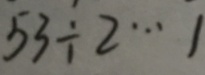
5 3 \div 2 \cdots 1